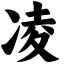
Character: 凌